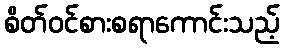
စိတ်ဝင်စားစရာကောင်းသည့်